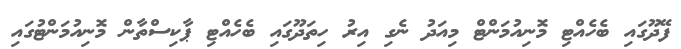
ފޭދޫގައި ބެހެއްޓި މޮނިއުމަންޓް މިއަދު ނެގި އިރު ހިތަދޫގައި ބެހެއްޓި ޕާކިސްތާން މޮނިއުމަންޓުގައި